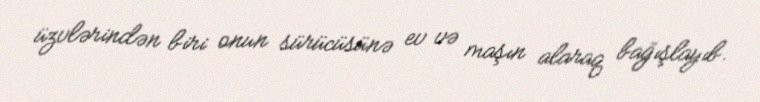
üzvlərindən biri onun sürücüsünə ev və maşın alaraq bağışlayıb.